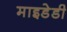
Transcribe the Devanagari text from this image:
माइडेडी